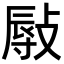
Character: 𢾯